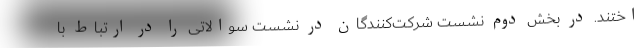
اختند. در بخش دوم نشست شرکت‌کنندگان در نشست سوالاتی را در ارتباط با